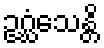
ဥဂ္ဃံသေန္တိ